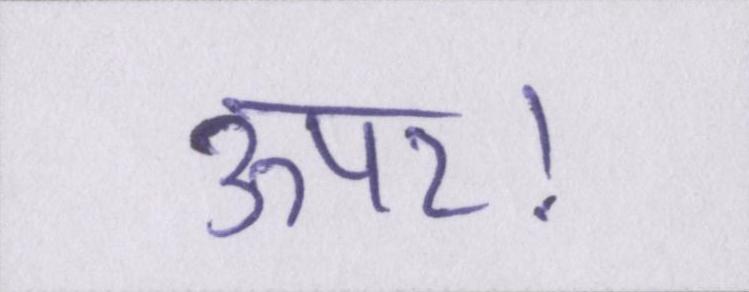
ऊपर।